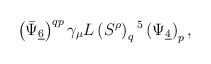
\begin{align*}\left(\bar\Psi_{\underline 6}\right)^{qp} \gamma_\mu L \left(S^\rho\right)_q{}^5 \left(\Psi_{\underline 4}\right)_p,\end{align*}